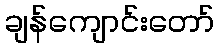
ချန်ကျောင်းတော်